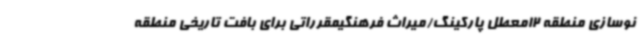
نوسازی منطقه 12معطل پارکینگ/میراث فرهنگیمقرراتی برای بافت تاریخی منطقه